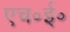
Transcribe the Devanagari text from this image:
एच॰ई॰